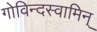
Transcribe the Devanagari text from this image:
गोविन्दस्वामिन्